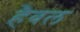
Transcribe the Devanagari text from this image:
हैवल